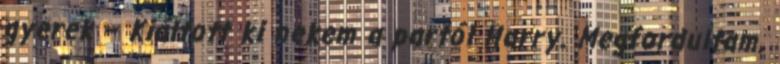
gyerek – Kiáltott ki nekem a partól Harry. Megfordultam,